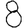
Digit: 8